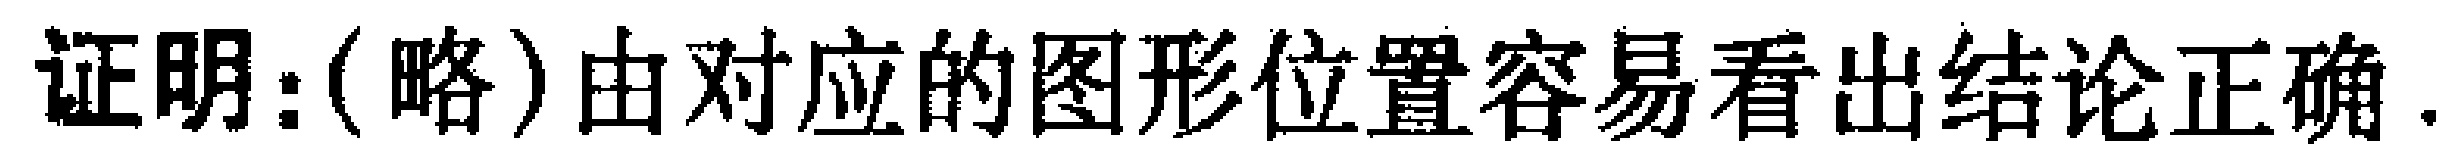
证明：(略)由对应的图形位置容易看出结论正确.